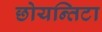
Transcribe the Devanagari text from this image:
छोयन्तिटा